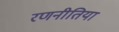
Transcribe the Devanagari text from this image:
रणनीतिया